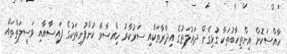
ހާއްސަކޮށް އިންތިހާބުތަކާ ގުޅިގެން ދައުލަތުގެ އިދާރާތަކާއި ސަރުކާރު ހިއްސާވާ ކުންފުނިތަކުގެ ފައިސާއާއި ވަސީލަތްތައް